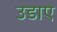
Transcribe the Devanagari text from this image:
उडाए